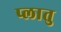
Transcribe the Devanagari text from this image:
प्लातु